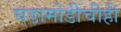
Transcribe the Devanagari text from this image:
घडामोडींचीही